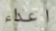
اعداء